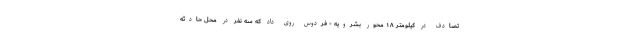
تصادف در کیلومتر ۱۸ محور بشرویه - فردوس روی داد که سه نفر در محل حادثه